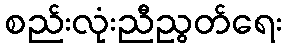
စည်းလုံးညီညွတ်ရေး